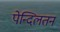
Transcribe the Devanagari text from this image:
पेन्दिलतन